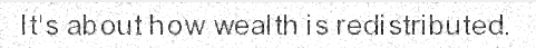
It's about how wealth is redistributed.